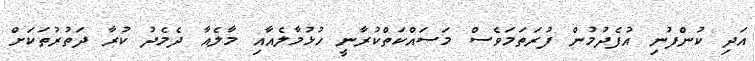
އަދި ކުންފުނި އުފެދުމުން ފުރަތަމަވެސް މަސައްކަތްކުރާނީ ހުޅުމާލެއާއި މާލެއާ ދެމެދު ކުރާ ދަތުރުތަކަށް